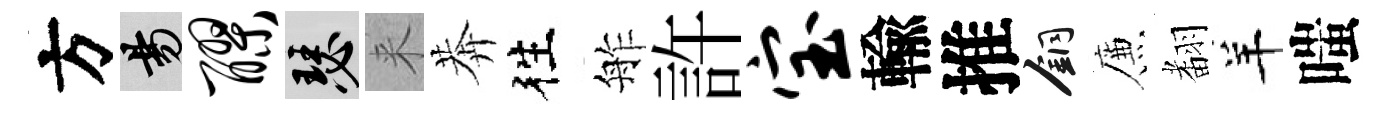
方昜醪瑟来莾徃舴許宝輸推銅簾𮋒羊嗤